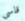
قاسي